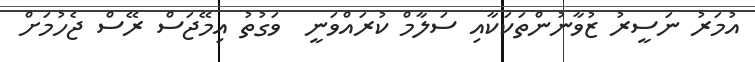
އުމަރު ނަސީރު ޒުވާނުންތަކަކާއި ސަލާމް ކުރައްވަނީ  ވަގުތު އިމޭޖަސް ރޭސް ޖެހުމަށް